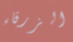
الزرقاء